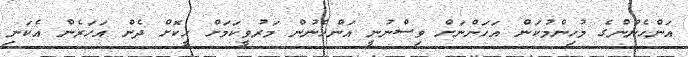
އަންހެނުންގެ މުހިންމުކަން އަހަންނަށް ވިސްނުނީ އަންހެނުން މަރުވީކަމަށް ހީކޮށް ދެން އަހަރެން އެކަނި